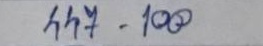
447 - 100